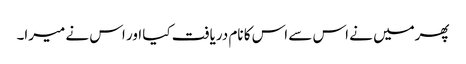
پھرمیں نے اس سے اس کا نام دریافت کیا اور اس نے میرا۔